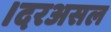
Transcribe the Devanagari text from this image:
।दरअसल